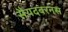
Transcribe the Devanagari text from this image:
सैयदबरनस